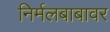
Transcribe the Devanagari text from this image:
निर्मलबाबावर